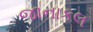
જાનાકલ